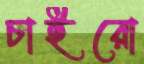
চাইরো